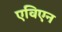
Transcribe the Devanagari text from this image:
एविएन